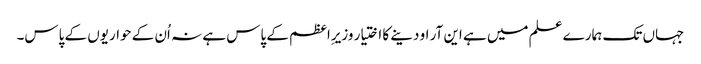
جہاں تک ہمارے علم میں ہے این آر او دینے کا اختیار وزیرِاعظم کے پاس ہے نہ اُن کے حواریوں کے پاس۔